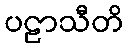
ပဠာသီတိ